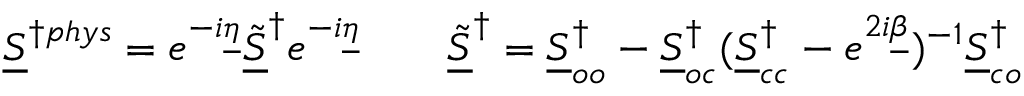
\underline { { S } } ^ { \dagger p h y s } = e ^ { - i \underline { { \eta } } } \underline { { \tilde { S } } } ^ { \dagger } e ^ { - i \underline { { \eta } } } \qquad \underline { { \tilde { S } } } ^ { \dagger } = \underline { { S } } _ { o o } ^ { \dagger } - \underline { { S } } _ { o c } ^ { \dagger } ( \underline { { S } } _ { c c } ^ { \dagger } - e ^ { 2 i \underline { { \beta } } } ) ^ { - 1 } \underline { { S } } _ { c o } ^ { \dagger }